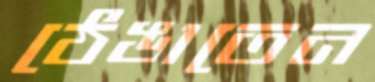
ঠেঙাতেন